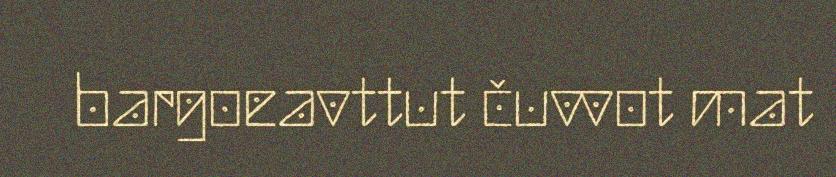
bargoeavttut čuvvot mat